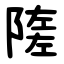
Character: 隓